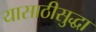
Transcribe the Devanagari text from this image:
यासाठीसुद्धा